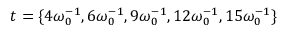
t = \lbrace 4 \omega _ { 0 } ^ { - 1 } , 6 \omega _ { 0 } ^ { - 1 } , 9 \omega _ { 0 } ^ { - 1 } , 1 2 \omega _ { 0 } ^ { - 1 } , 1 5 \omega _ { 0 } ^ { - 1 } \rbrace